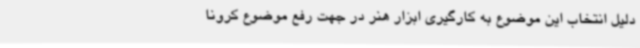
دلیل انتخاب این موضوع به کارگیری ابزار هنر در جهت رفع موضوع کرونا